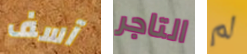
آسف التاجر لم